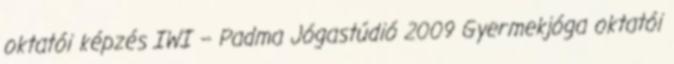
oktatói képzés IWI – Padma Jógastúdió 2009 Gyermekjóga oktatói